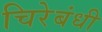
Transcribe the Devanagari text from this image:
चिरेबंधी